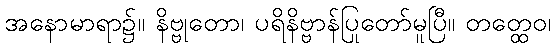
အနောမာရာ၌။ နိဗ္ဗုတော၊ ပရိနိဗ္ဗာန်ပြုတော်မူပြီ။ တတ္ထေဝ၊